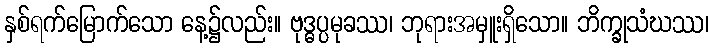
နှစ်ရက်မြောက်သော နေ့၌လည်း။ ဗုဒ္ဓပ္ပမုခဿ၊ ဘုရားအမှူးရှိသော။ ဘိက္ခုသံဃဿ၊